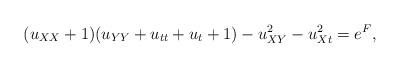
LaTeX: \begin{align*} (u_{XX}+1)(u_{YY}+u_{tt}+u_t+1) - u_{XY}^2 - u_{Xt}^2 = e^F,\end{align*}